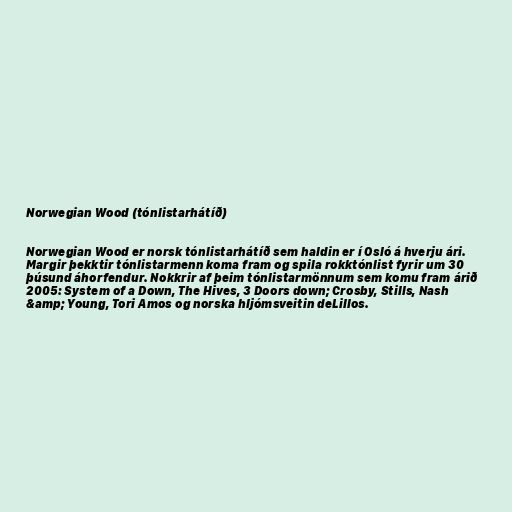
Norwegian Wood (tónlistarhátíð)

Norwegian Wood er norsk tónlistarhátíð sem haldin er í Osló á hverju ári.
Margir þekktir tónlistarmenn koma fram og spila rokktónlist fyrir um 30
þúsund áhorfendur. Nokkrir af þeim tónlistarmönnum sem komu fram árið
2005: System of a Down, The Hives, 3 Doors down; Crosby, Stills, Nash
&amp; Young, Tori Amos og norska hljómsveitin deLillos.